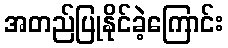
အတည်ပြုနိုင်ခဲ့ကြောင်း